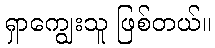
ရှာကျွေးသူ ဖြစ်တယ်။